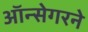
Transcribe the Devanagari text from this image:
ऑन्सेगरने